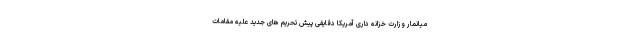
میانمار وزارت خزانه داری آمریکا دقایقی پیش تحریم های جدید علیه مقامات